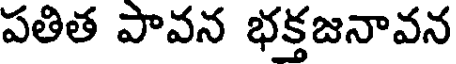
పతిత పావన భక్తజనావన